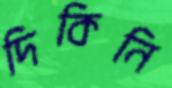
দিকিনি